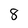
Character: 8